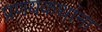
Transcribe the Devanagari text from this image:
प्रणयकथांना